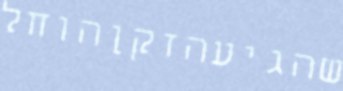
שהגיעהזקןהוחל